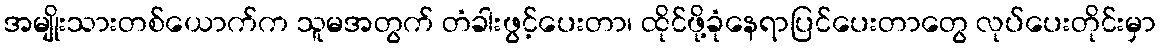
အမျိုးသားတစ်ယောက်က သူမအတွက် တံခါးဖွင့်ပေးတာ၊ ထိုင်ဖို့ခုံနေရာပြင်ပေးတာတွေ လုပ်ပေးတိုင်းမှာ